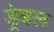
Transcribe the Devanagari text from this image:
ड्रेबल